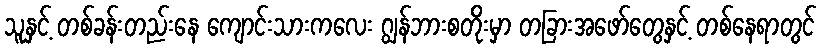
သူနှင့် တစ်ခန်းတည်းနေ ကျောင်းသားကလေး ဂျွန်ဘားစတိုးမှာ တခြားအဖော်တွေနှင့် တစ်နေရာတွင်